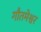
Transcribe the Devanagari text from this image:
गौतमेश्वर